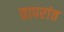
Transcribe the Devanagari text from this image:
वापरांत